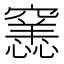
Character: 𥨭